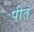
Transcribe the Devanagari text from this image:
पीतं